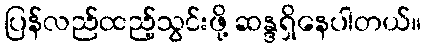
ပြန်လည်ထည့်သွင်းဖို့ ဆန္ဒရှိနေပါတယ်။